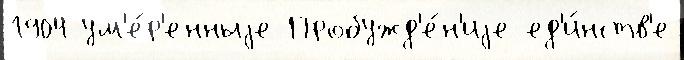
1904 ум'е́р'енныjе Пробужд'е́н'иjе ед'и́нств'е